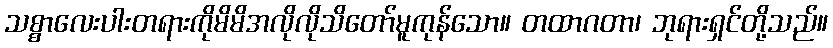
သစ္စာလေးပါးတရားကိုမိမိအလိုလိုသိတော်မူကုန်သော။ တထာဂတာ၊ ဘုရားရှင်တို့သည်။